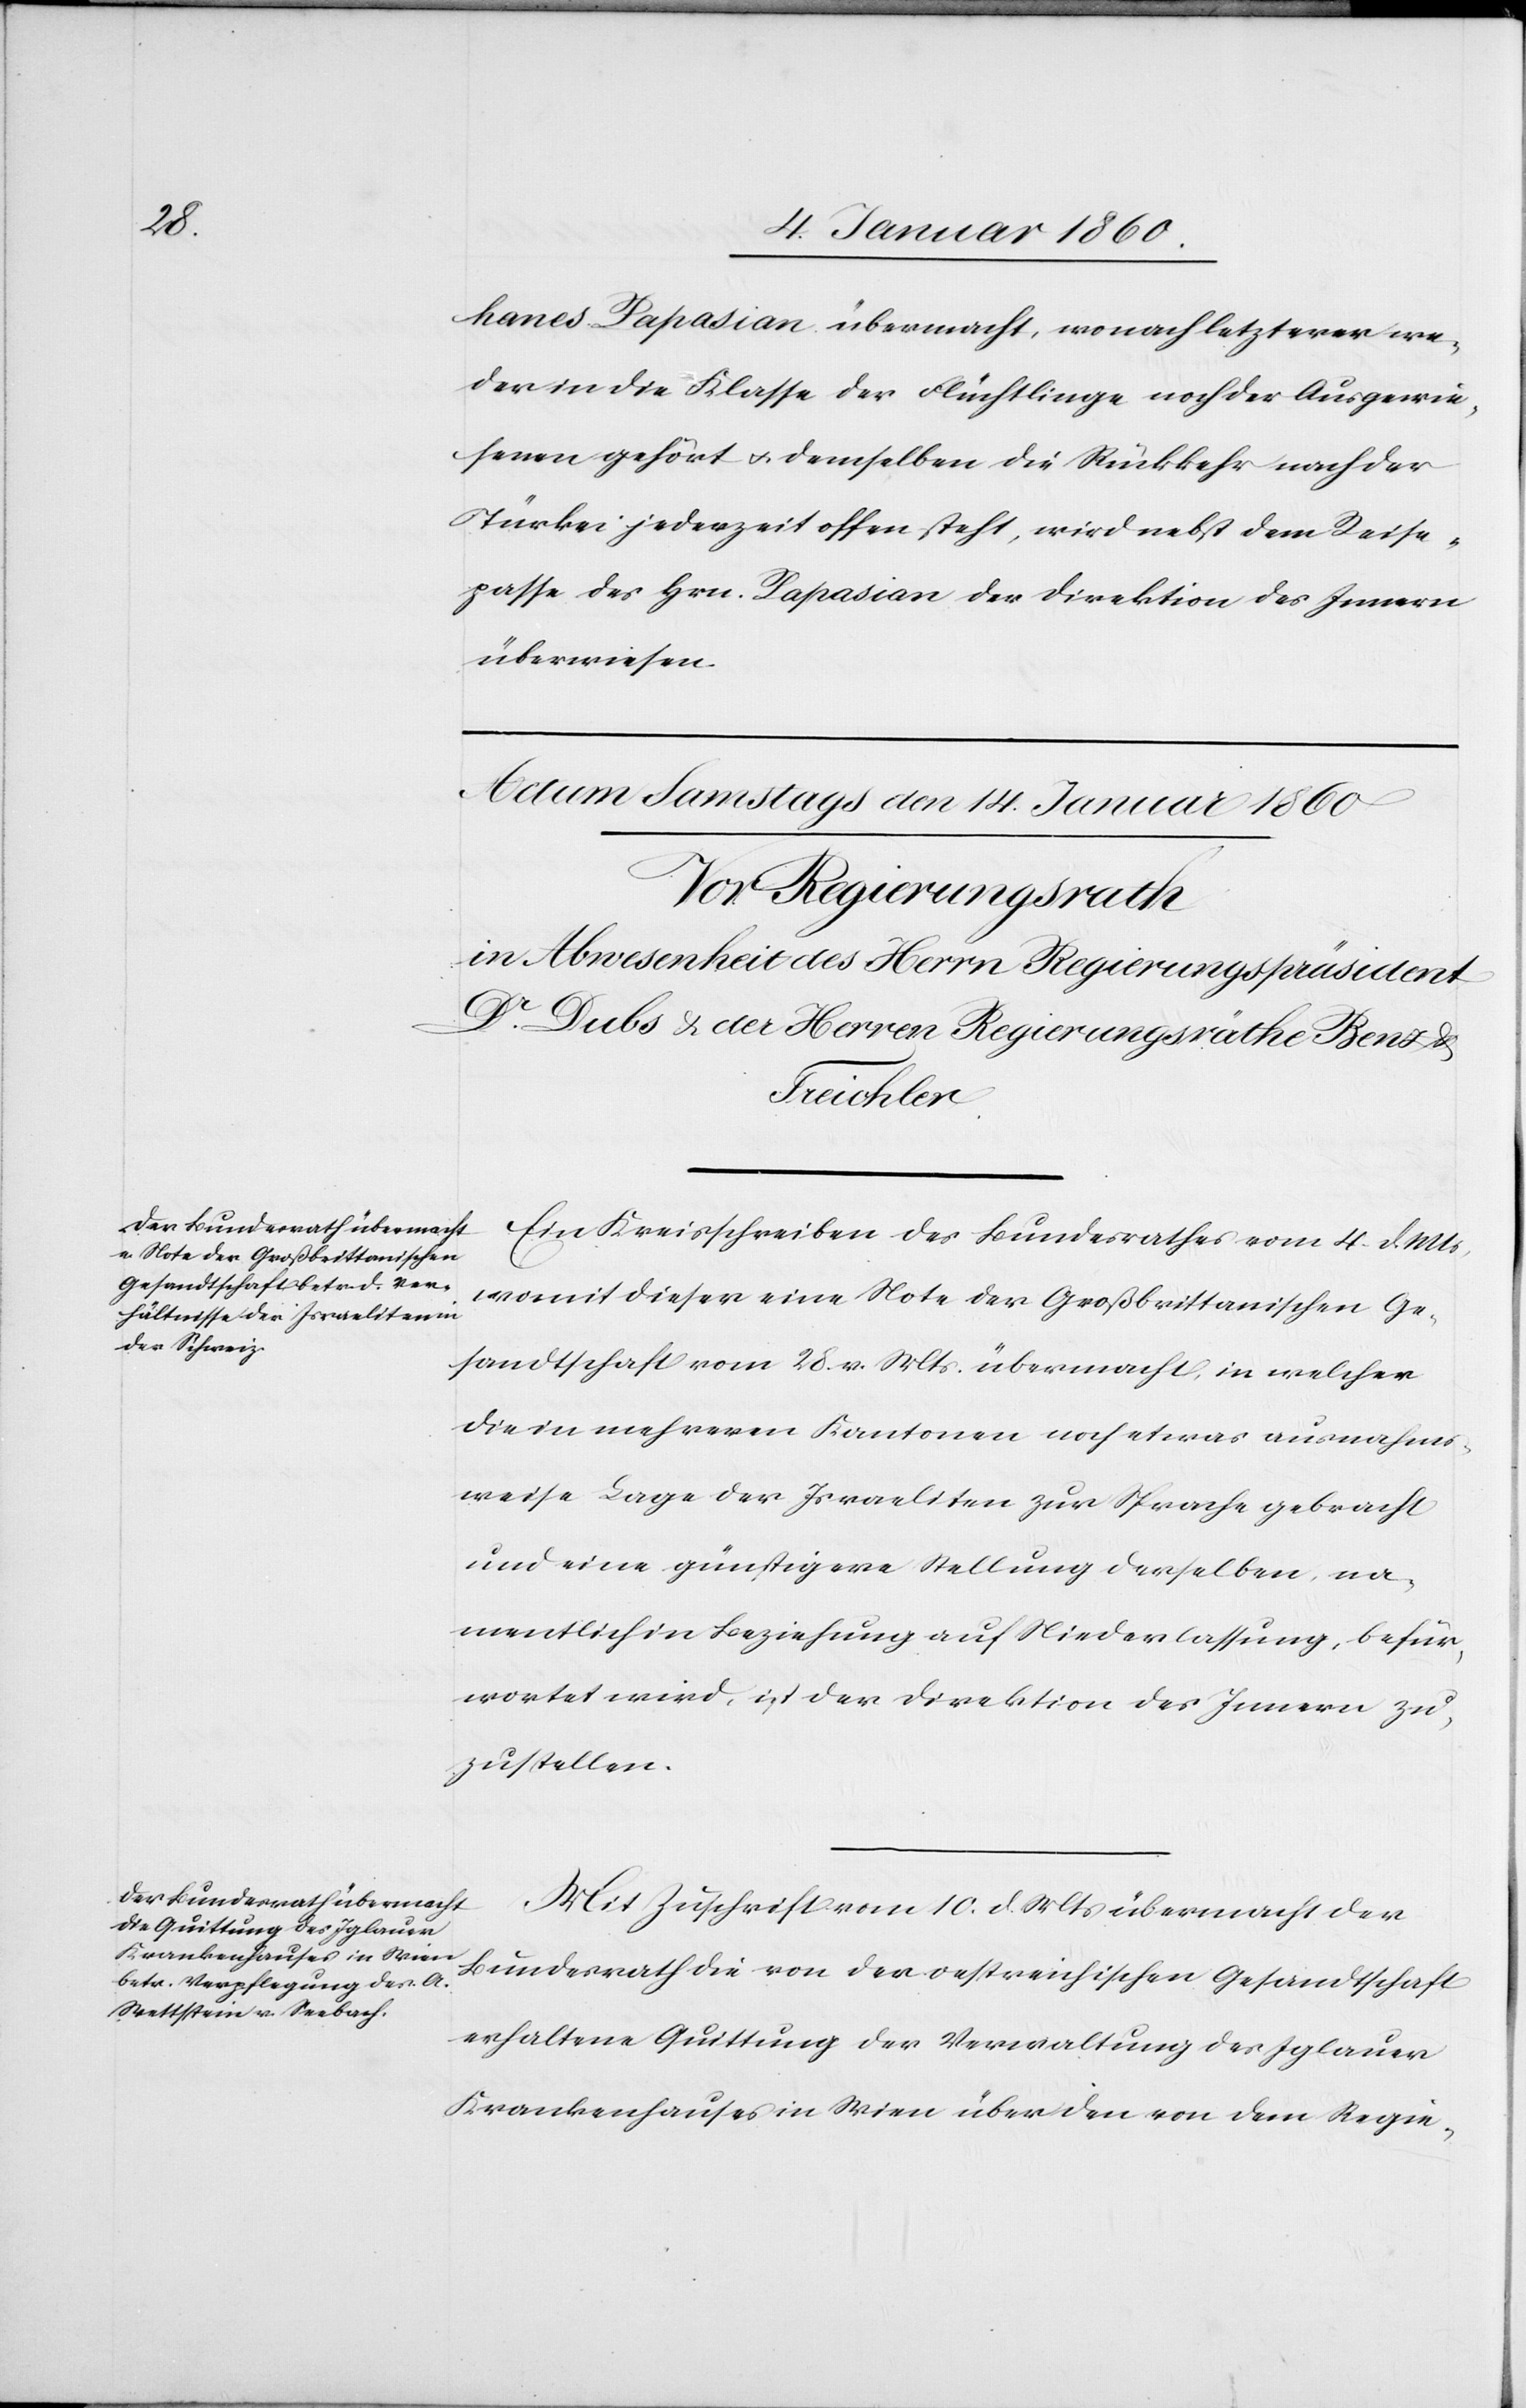
hames Papasian übermacht, wonach letzterer we¬
der in die Klasse der Flüchtlinge noch der Ausgewie¬
senen gehört u. demselben die Rückkehr nach der
Türkei jederzeit offen steht, wird nebst dem Reise¬
passe des Hrn. Papasian der Direktion des Innern
überwiesen.
Ein Kreisschreiben des Bundesrathes vom 4. d. Mts.
womit dieser eine Note der Großbrittanischen Ge¬
sandtschaft vom 28. v. Mts. übermacht, in welcher
die in mehreren Kantonen noch etwas ausnahms¬
weise Lage der Israeliten zur Sprache gebracht
und eine günstigere Stellung derselben, na¬
mentlich in Beziehung auf Niederlassung, befür¬
wortet wird, ist der Direktion des Innern zu
zustellen.
Mit Zuschrift vom 10. d. Mts. übermacht der
Bundesrath die von der oestreichischen Gesandtschaft
erhaltene Quittung der Verwaltung des Iglauer
Krankenhauses in Wien über den von dem Regie-